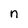
Character: n